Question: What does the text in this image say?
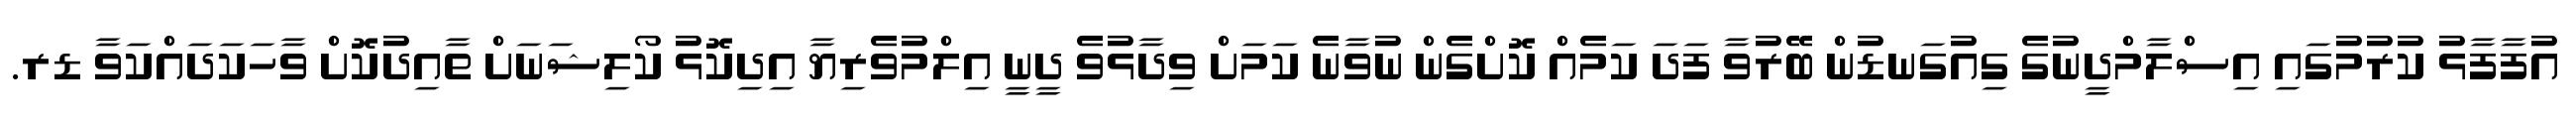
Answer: އުފާފާޅު ކުރުމުގައި އިސްލާމްދީނުގެ ގިއުގަނޑުން ބޭރުވާ ފަދަ ކަމެއް ކޮށްގެން ނުވާނެ ކަމަށް ވިދާޅުވެ ދީނީ އިލްމުވެރިޔާ އިދިކޮޅު ކޯލިޝަނަށް ތާއިދުކޮށް ވާހަކަދައްކަވާ ޑރ.